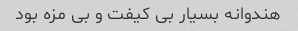
هندوانه بسیار‌ بی کیفت و بی مزه بود